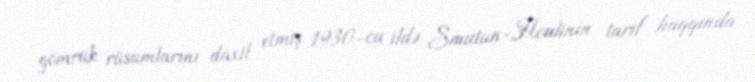
gömrük rüsumlarını daxil etmiş 1930-cu ildə Smutun-Houlinin tarif haqqında